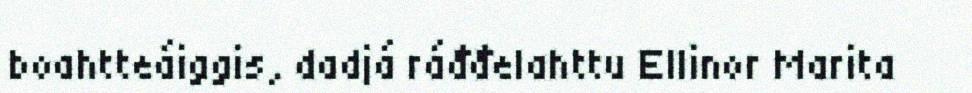
boahtteáiggis, dadjá ráđđelahttu Ellinor Marita